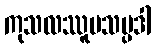
ကုသလဿူပသမ္ပဒါ